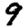
Digit: 9